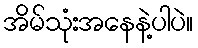
အိမ်သုံးအနေနဲ့ပါပဲ။